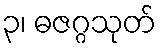
၃၊ ဓဇဂ္ဂသုတ်